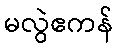
မလွဲဧကန်